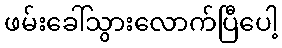
ဖမ်းခေါ်သွားလောက်ပြီပေါ့